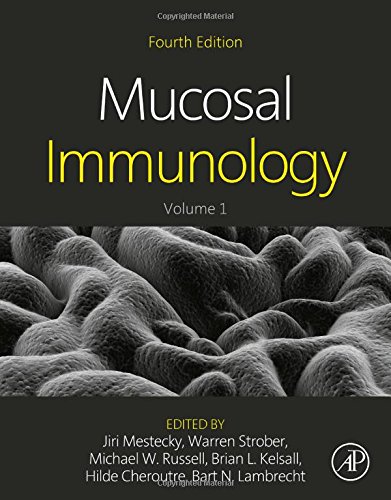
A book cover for Mucosal Immunology, Fourth Edition; Medical Books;